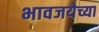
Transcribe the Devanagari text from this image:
भावजयेच्या